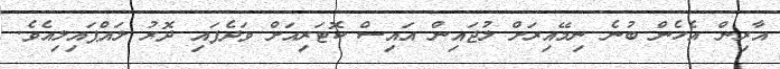
އާރިން އެހެން ބުނެ ނިމޭއިރަށް ލުޖައިން އައިސް ކޮޓަރިއަށް ވަދެފައި ދޮރު ލައްޕައިލިއެވެ.